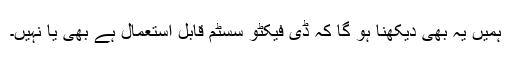
ہمیں یہ بھی دیکھنا ہو گا کہ ڈی فیکٹو سسٹم قابل استعمال ہے بھی یا نہیں۔